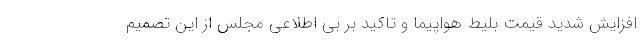
افزایش شدید قیمت بلیط هواپیما و تاکید بر بی اطلاعی مجلس از این تصمیم